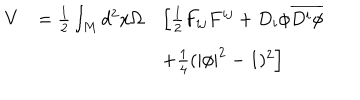
\begin{array} { l l l } { { V } } & { { = \frac { 1 } { 2 } \int _ { M } d ^ { 2 } x \Omega } } & { { \left[ \frac { 1 } { 2 } F _ { i j } F ^ { i j } + D _ { i } \phi \overline { { { D ^ { i } \phi } } } \right. } } \\ { { } } & { { } } & { { \left. + \frac { 1 } { 4 } ( | \phi | ^ { 2 } - 1 ) ^ { 2 } \right] } } \\ \end{array}